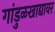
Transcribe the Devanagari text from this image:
गांडुळखाद्यावर